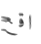
اقع